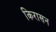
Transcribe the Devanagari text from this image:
किरासन